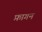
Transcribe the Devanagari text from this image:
फ़ागन